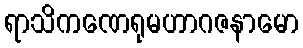
ရာသိကဏေရုမဟာဂဇနာမော